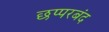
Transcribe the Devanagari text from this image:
छप्परबंद